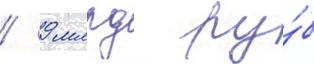
/ 9 млрд ру́б